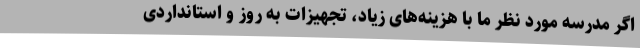
اگر مدرسه‌ مورد نظر ما با هزینه‌های زیاد، تجهیزات به روز و استانداردی